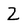
Character: Z